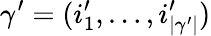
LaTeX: \gamma^{\prime}=(i_{1}^{\prime},\dots,i_{|\gamma^{\prime}|}^{\prime})